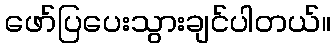
ဖော်ပြပေးသွားချင်ပါတယ်။